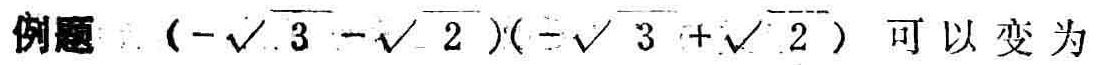
例题\((-\sqrt{3}-\sqrt{2})(-\sqrt{3}+\sqrt{2})\)可以变为